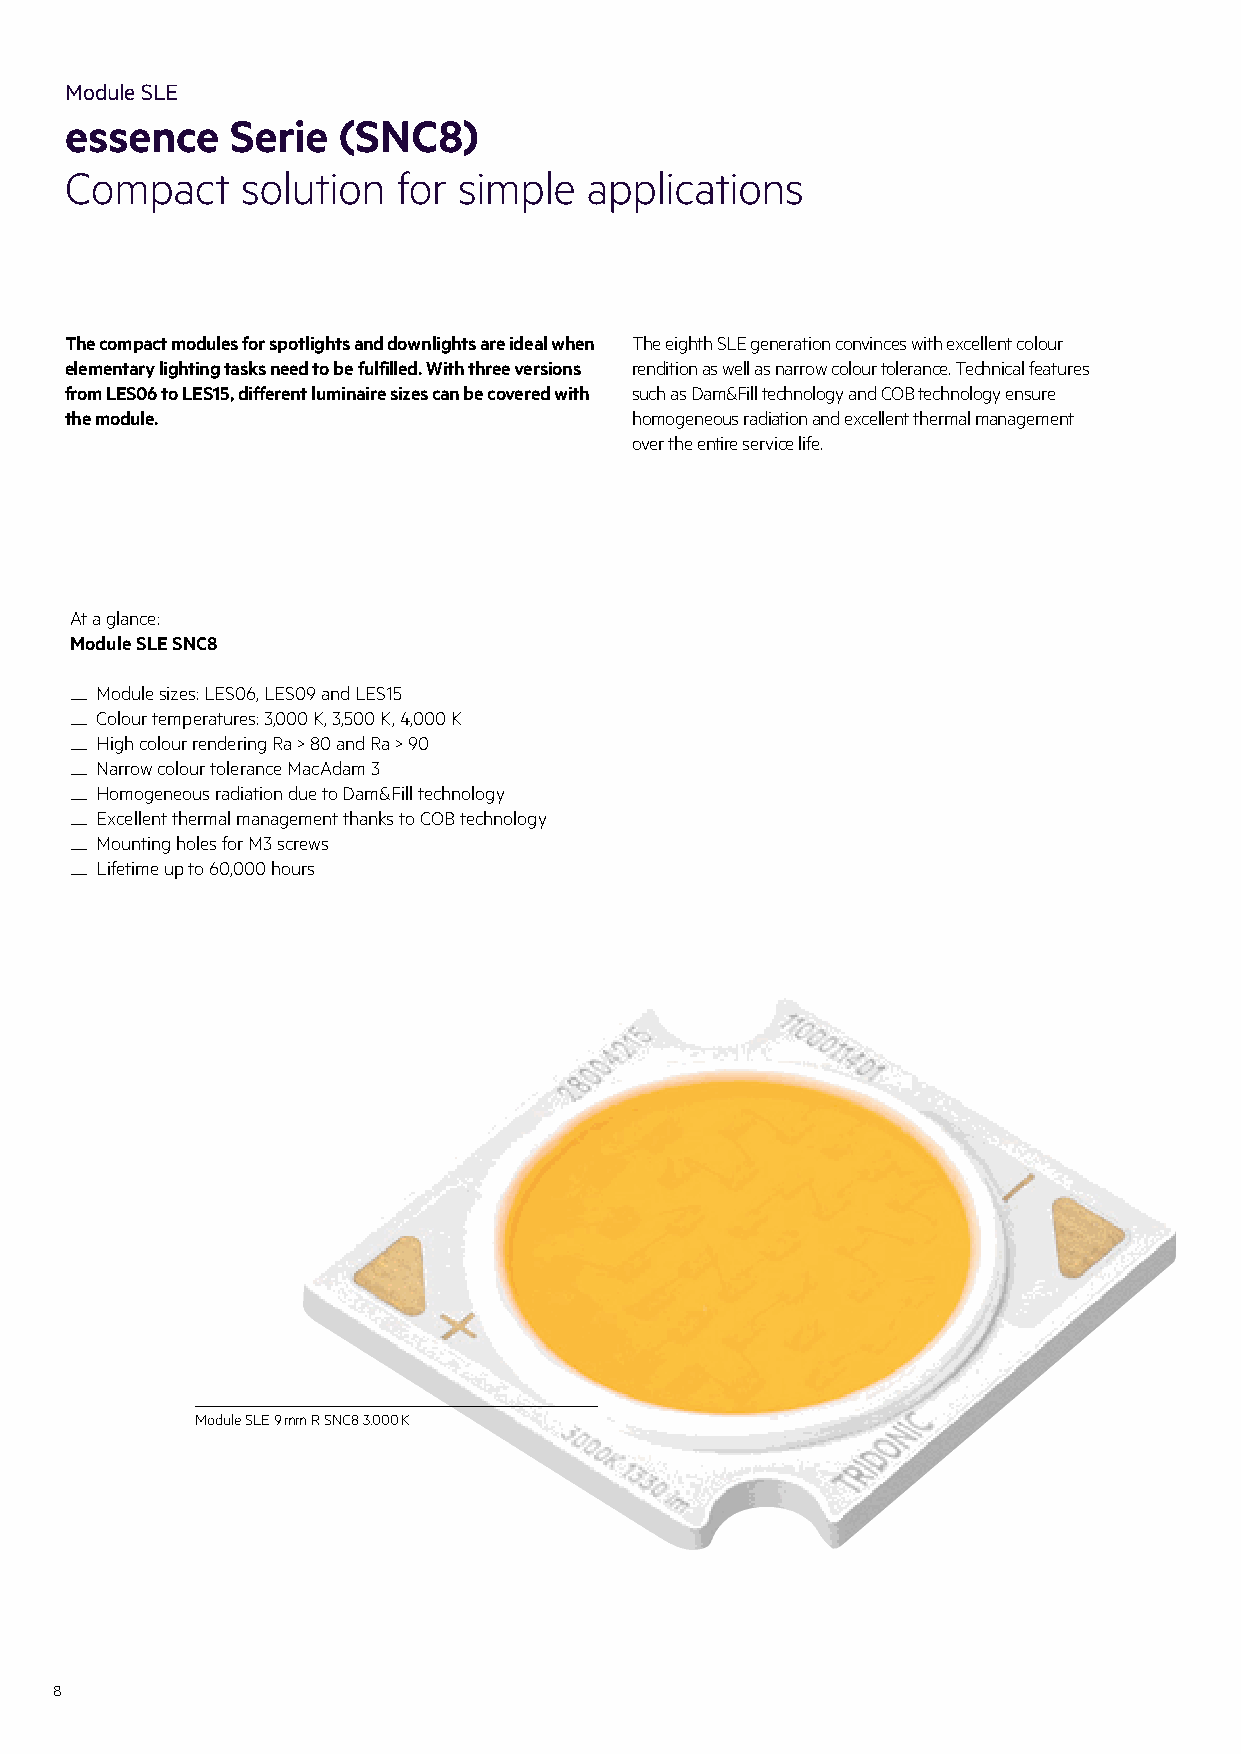
Module SLE
 essence    Serie  (SNC8)
 Compact     solution  for simple   applications
 The compact modules for spotlights and downlights are ideal when The eighth SLE generation convinces with excellent colour
 elementary lighting tasks need to be fulfilled. With three versions rendition as well as narrow colour tolerance. Technical features
 from LES06 to LES15, different luminaire sizes can be covered with such as Dam&Fill technology and COB technology ensure
 the module.                           homogeneous radiation and excellent thermal management
 over the entire service life.
 At a glance:
 Module SLE SNC8
 — Module sizes: LES06, LES09 and LES15
 — Colour temperatures: 3,000 K, 3,500 K, 4,000 K
 — High colour rendering Ra > 80 and Ra > 90
 — Narrow colour tolerance MacAdam 3
 — Homogeneous radiation due to Dam&Fill technology
 — Excellent thermal management thanks to COB technology
 — Mounting holes for M3 screws
 — Lifetime up to 60,000 hours
 Module SLE 9 mm R SNC8 3.000 K
 8